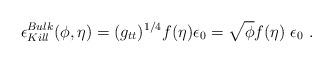
LaTeX: \begin{align*}\epsilon_{Kill}^{Bulk}( \phi, \eta) = (g_{tt})^{1/4}f( \eta)\epsilon_0 = \sqrt{ \phi }f( \eta) \; \epsilon_0 \ .\end{align*}